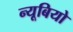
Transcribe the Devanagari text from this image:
न्यूबियो